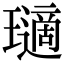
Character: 瓋